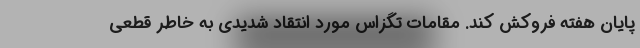
پایان هفته فروکش کند. مقامات تگزاس مورد انتقاد شدیدی به خاطر قطعی